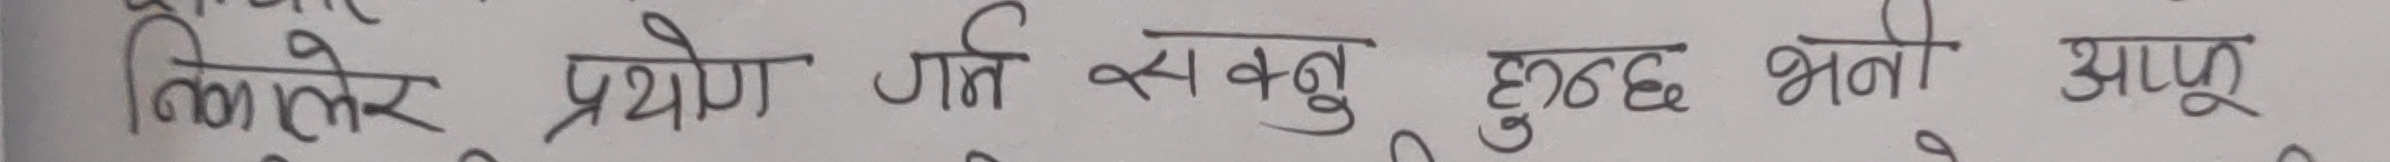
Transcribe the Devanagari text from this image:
किन्नुले प्रयोग गर्न सक्नु हुन्छ भने आफू